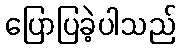
ပြောပြခဲ့ပါသည်